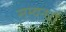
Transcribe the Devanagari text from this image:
सम्वन्धों